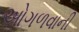
ઓગળવાની